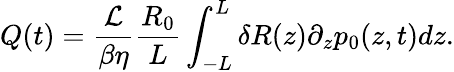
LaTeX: Q(t)=\frac{\mathcal{L}}{\beta\eta}\frac{R_{0}}{L}\int_{-L}^{L}\delta R(z)\partial_{z}p_{0}(z,t)dz.